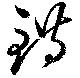
錯